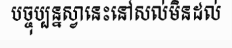
បច្ចុប្បន្នស្វានេះនៅសល់មិនដល់